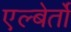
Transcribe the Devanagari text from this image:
एल्बेर्तो